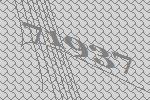
71937